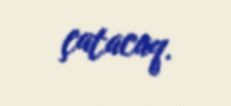
çatacaq.